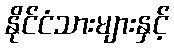
နိုင်ငံသားများနှင့်